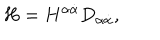
LaTeX: H = H ^ { \alpha \dot { \alpha } } D _ { \alpha \dot { \alpha } } ,